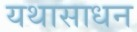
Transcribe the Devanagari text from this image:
यथासाधन